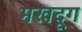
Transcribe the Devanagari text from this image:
मखदूग